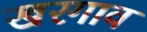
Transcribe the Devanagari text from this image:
खरगाव